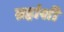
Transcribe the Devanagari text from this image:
ग्रहांशी